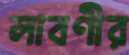
লাবণীর